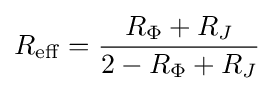
R_{\mathrm {eff} }={\frac {R_{\Phi }+R_{J}}{2-R_{\Phi }+R_{J}}}